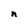
Character: n